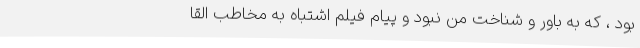
بود ، که به باور و شناخت من نبود و پیام فیلم اشتباه به مخاطب القا